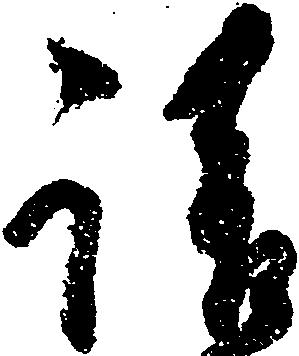
請